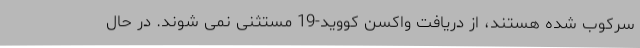
سرکوب شده هستند، از دریافت واکسن کووید-19 مستثنی نمی شوند. در حال